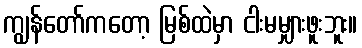
ကျွန်တော်ကတော့ မြစ်ထဲမှာ ငါးမမျှားဖူးဘူး။